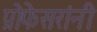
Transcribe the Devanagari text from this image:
प्रोफेसरांनी